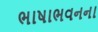
ભાષાભવનના